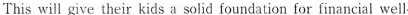
This will give their kids a solid foundation for financial well-